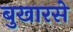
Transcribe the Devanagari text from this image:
बुखारसे